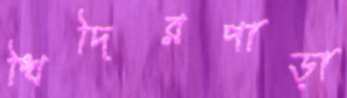
খিদিরপাড়া